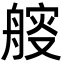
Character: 䑹